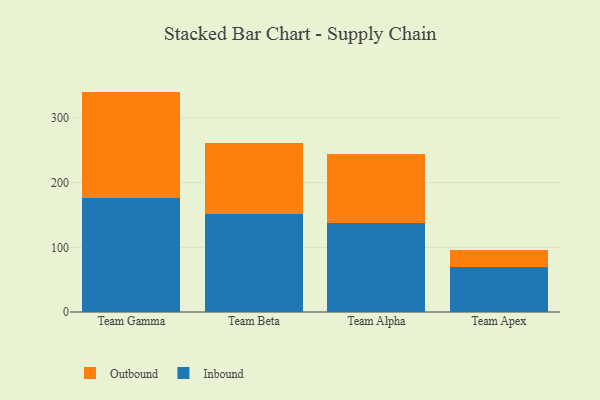
{"axis": {"x": "Team", "y": "Satisfaction Score"}, "legend": ["Inbound", "Outbound"], "data": [{"x": "Team Gamma", "y": 176.6, "type": "Inbound"}, {"x": "Team Gamma", "y": 164.3, "type": "Outbound"}, {"x": "Team Beta", "y": 151.9, "type": "Inbound"}, {"x": "Team Beta", "y": 110.2, "type": "Outbound"}, {"x": "Team Alpha", "y": 137.4, "type": "Inbound"}, {"x": "Team Alpha", "y": 106.6, "type": "Outbound"}, {"x": "Team Apex", "y": 69.7, "type": "Inbound"}, {"x": "Team Apex", "y": 25.9, "type": "Outbound"}]}